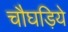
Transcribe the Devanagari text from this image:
चौघड़िये